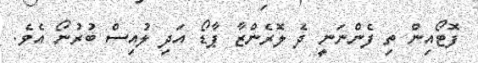
ފޮޓޯއިން ތި ފެންނަނީ ދެ ލޮރެންޒާ ޕާޑޯ އަދި ލުއިސް ބުރުނޯ އެވެ.